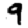
Digit: 9